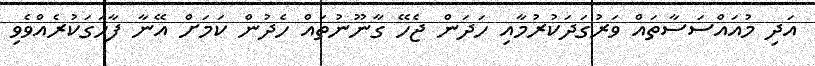
އަދި މުއައްސަސާތައް ވަރުގަދަކުރުމާއި ހަދަން ޖެހޭ ގާނޫނުތައް ހެދުން ކަމަށް އޭނާ ފާހަގަކުރެއްވެވި